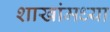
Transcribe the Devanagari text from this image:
शाखांमध्या